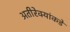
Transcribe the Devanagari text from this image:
अतीरेक्यांकडे